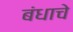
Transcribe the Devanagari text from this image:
बंधाचे